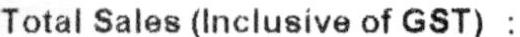
TOTAL SALES (INCLUSIVE OF GST) :